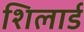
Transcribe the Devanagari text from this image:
शिलार्ड